Lunatic asylums Central Provinces reports 1886-1894 - 1886-1894
Year: 1886
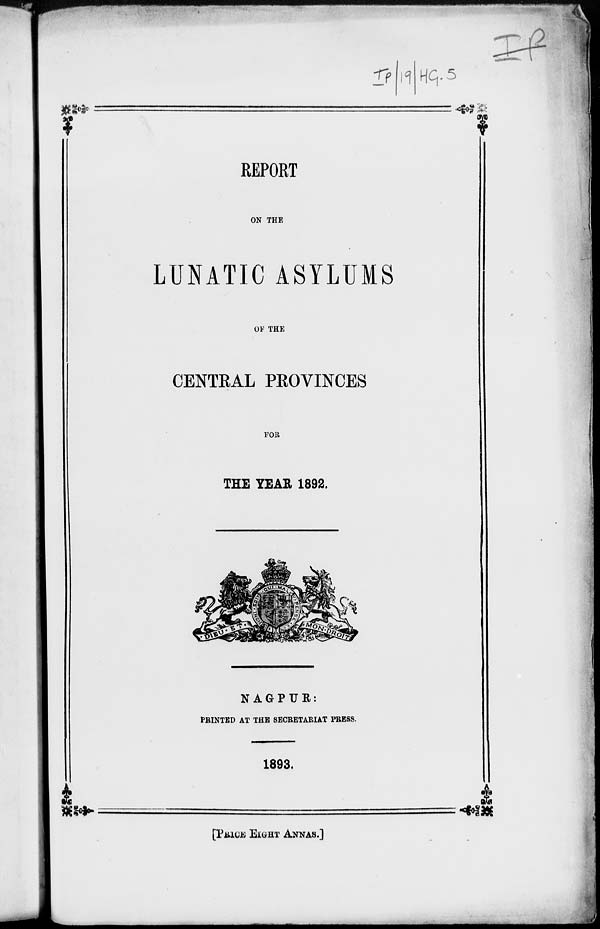
REPORT
ON THE
LUNATIC ASYLUMS
OF THE
CENTRAL PROVINCES
FOR
THE YEAR 1892.
NAGPUR:
PRINTED AT THE SECRETARIAT PRESS.
1893.
[PRICE EIGHT ANNAS.]